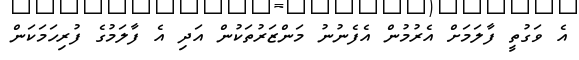
އެ ވަގުތީ ފާލަމަށް އެރުމުން އެފެނުނު މަންޒަރުތަކުން އަދި އެ ފާލަމުގެ ފުރިހަމަކަން